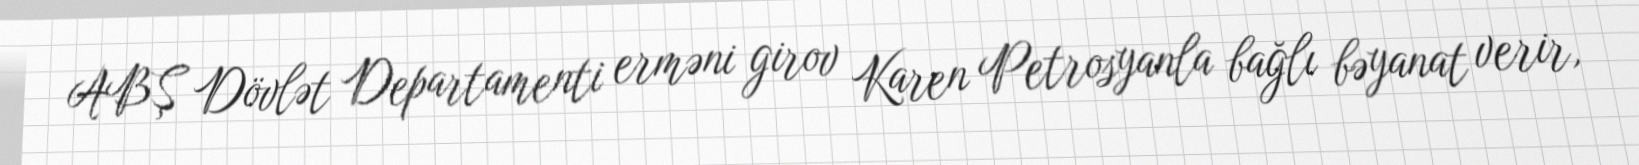
ABŞ Dövlət Departamenti erməni girov Karen Petrosyanla bağlı bəyanat verir,